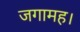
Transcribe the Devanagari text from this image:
जगामह।